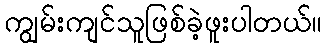
ကျွမ်းကျင်သူဖြစ်ခဲ့ဖူးပါတယ်။